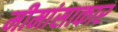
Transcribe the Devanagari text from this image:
मीमांसाकार